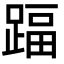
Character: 踾